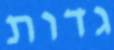
גדות